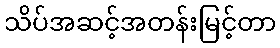
သိပ်အဆင့်အတန်းမြင့်တာ